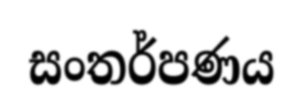
සංතර්පණය